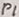
Text: P1